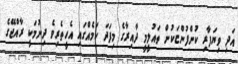
އަދި ވިޔަފާރި ކުންފުންޏަކުން ތައުލީމީ ދާއިރާގެ މިފަދަ ކަމެއްގައި އެހީތެރިވެ ދިނުމަކީ ރާއްޖޭގެ